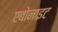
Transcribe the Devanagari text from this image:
एबोनाइट